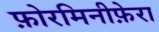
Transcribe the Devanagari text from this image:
फ़ोरमिनीफ़ेरा